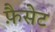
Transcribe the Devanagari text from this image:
फ़ैसेट